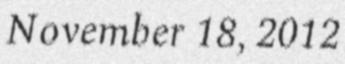
November 18, 2012